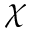
\chi